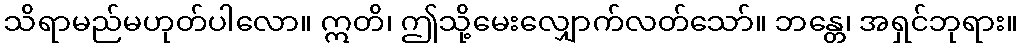
သိရာမည်မဟုတ်ပါလော။ ဣတိ၊ ဤသို့မေးလျှောက်လတ်သော်။ ဘန္တေ၊ အရှင်ဘုရား။